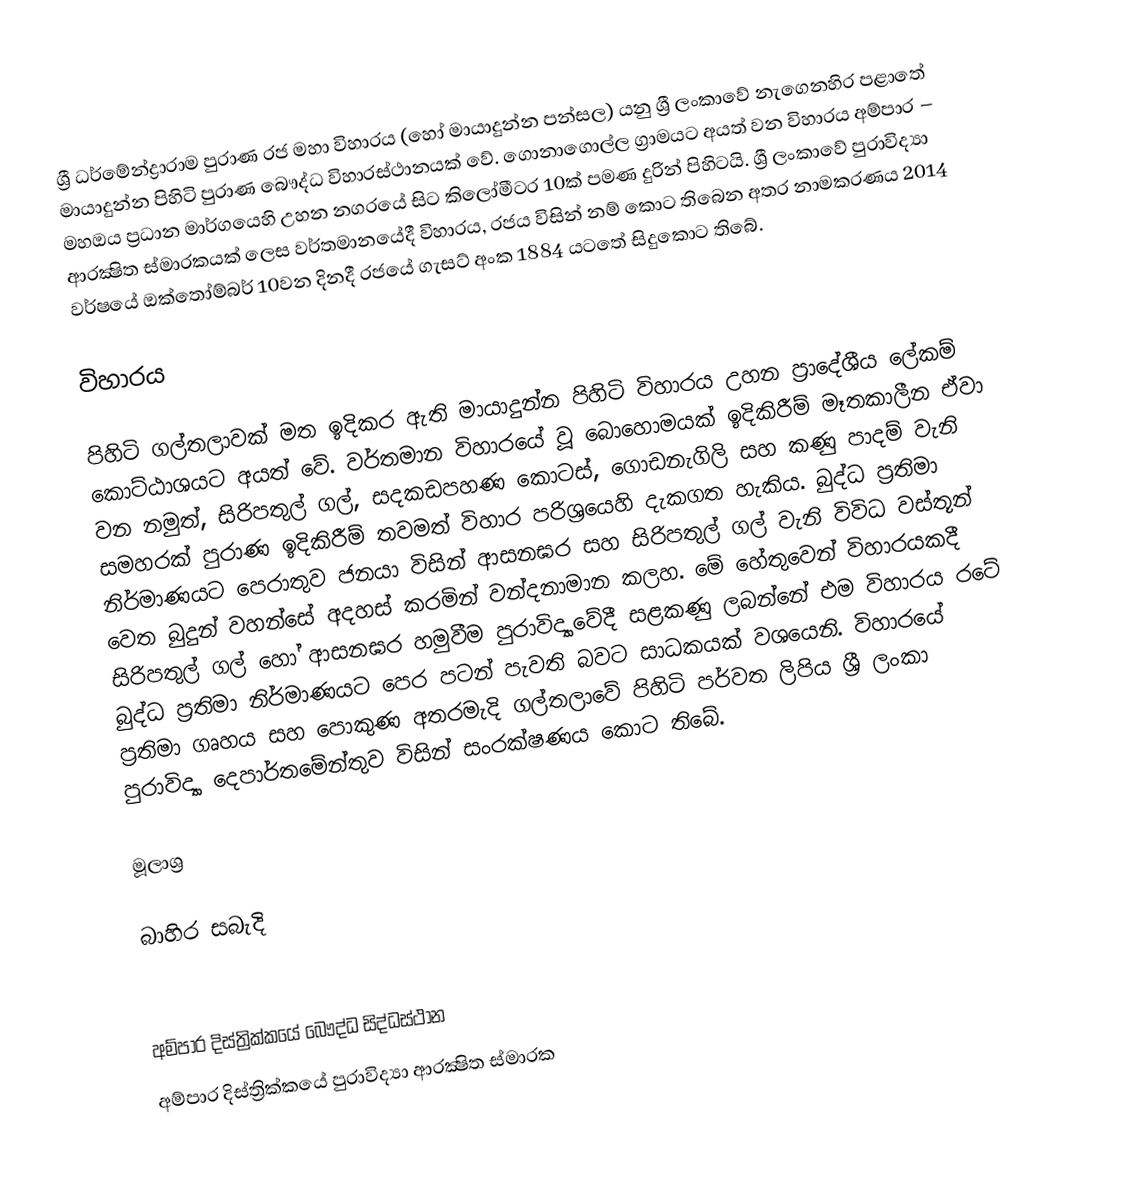
ශ්‍රී ධර්මේන්ද්‍රාරාම පුරාණ රජ මහා විහාරය (හෝ මායාදුන්න පන්සල) යනු ශ්‍රී ලංකාවේ නැගෙනහිර පළාතේ මායාදුන්න පිහිටි පුරාණ බෞද්ධ විහාරස්ථානයක් වේ. ගොනාගොල්ල ග්‍රාමයට අයත් වන විහාරය අම්පාර – මහඔය ප්‍රධාන මාර්ගයෙහි උහන නගරයේ සිට කිලෝමීටර 10ක් පමණ දුරින් පිහිටයි. ශ්‍රී ලංකාවේ පුරාවිද්‍යා ආරක්‍ෂිත ස්මාරකයක් ලෙස වර්තමානයේදී විහාරය, රජය විසින් නම් කොට තිබෙන අතර නාමකරණය 2014 වර්ෂයේ ඔක්තෝම්බර් 10වන දිනදී රජයේ ගැසට් අංක 1884 යටතේ සිදුකොට තිබේ.

විහාරය

පිහිටි ගල්තලාවක් මත ඉදිකර ඇති මායාදුන්න පිහිටි විහාරය උහන ප්‍රාදේශීය ලේකම් කොට්ඨාශයට අයත් වේ. වර්තමාන විහාරයේ වූ බොහොමයක් ඉදිකිරීම් මෑතකාලීන ඒවා වන නමුත්, සිරිපතුල් ගල්, සදකඩපහණ කොටස්, ගොඩනැගිලි සහ කණු පාදම් වැනි සමහරක් පුරාණ ඉදිකිරීම් තවමත් විහාර පරිශ්‍රයෙහි දැකගත හැකිය. බුද්ධ ප්‍රතිමා නිර්මාණයට පෙරාතුව ජනයා විසින් ආසනඝර සහ සිරිපතුල් ගල් වැනි විවිධ වස්තූන් වෙත බුදුන් වහන්සේ අදහස් කරමින් වන්දනාමාන කලහ. මේ හේතුවෙන් විහාරයකදී සිරිපතුල් ගල් හෝ ආසනඝර හමුවීම පුරාවිද්‍යාවේදී සළකණු ලබන්නේ එම විහාරය රටේ බුද්ධ ප්‍රතිමා නිර්මාණයට පෙර පටන් පැවති බවට සාධකයක් වශයෙනි. විහාරයේ ප්‍රතිමා ගෘහය සහ පොකුණ අතරමැදි ගල්තලාවේ පිහිටි පර්වත ලිපිය ශ්‍රී ලංකා පුරාවිද්‍යා දෙපාර්තමේන්තුව විසින් සංරක්ෂණය කොට තිබේ.

මූලාශ්‍ර

බාහිර සබැදි

අම්පාර දිස්ත්‍රික්කයේ බෞද්ධ සිද්ධස්ථාන
අම්පාර දිස්ත්‍රික්කයේ පුරාවිද්‍යා ආරක්‍ෂිත ස්මාරක